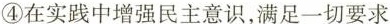
④在实践中增强民主意识，满足一切要求